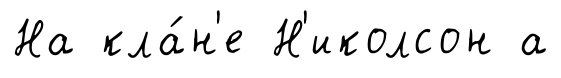
На кла́н'е Н'иколсон а